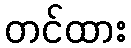
တင်ထား